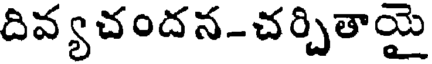
దివ్యచందన-చర్చితాయై